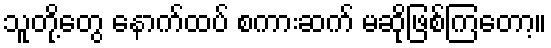
သူတို့တွေ နောက်ထပ် စကားဆက် မဆိုဖြစ်ကြတော့။